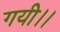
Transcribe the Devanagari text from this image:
गयी।।